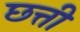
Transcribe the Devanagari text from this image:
छत्ती